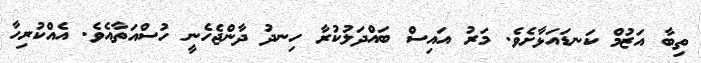
ތިބާ އަޒުމް ކަނޑައަޅާށެވެ. މަރު އައިސް ބައްދަލުކުރާ ހިނދު ދާންޖެހެނީ ހުސްއަތާއެވެ. އެއްކުރިހާ